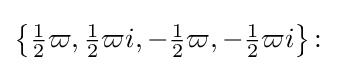
{\big \{}{\tfrac {1}{2}}\varpi ,{\tfrac {1}{2}}\varpi i,-{\tfrac {1}{2}}\varpi ,-{\tfrac {1}{2}}\varpi i{\big \}}\colon